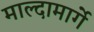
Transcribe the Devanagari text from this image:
माल्दामार्गे